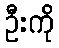
ဦးကို